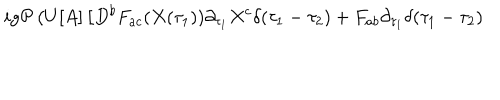
LaTeX: i g { \cal P } \left( U [ A ] \left[ D ^ { b } F _ { a c } ( X ( \tau _ { 1 } ) ) \partial _ { \tau _ { 1 } } X ^ { c } \delta ( \tau _ { 1 } - \tau _ { 2 } ) + F _ { a b } \partial _ { \tau _ { 1 } } \delta ( \tau _ { 1 } - \tau _ { 2 } ) \right. \right.